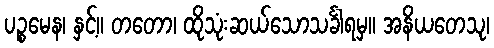
ပဉ္စမေန၊ နှင့်။ တတော၊ ထိုသုံးဆယ်သောသင်္ခါရမှ။ အနိယတေသု၊